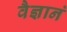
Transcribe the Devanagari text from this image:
वैज्ञानं